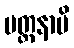
ပတ္ထနာပိ